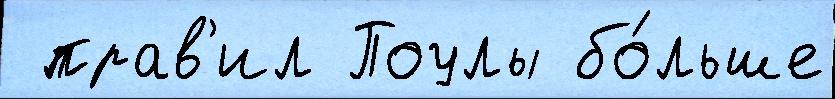
 прав'ил Поулы бо́льше